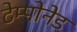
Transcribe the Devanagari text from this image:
टेम्पोनेड